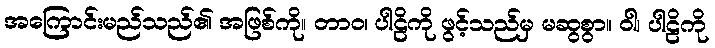
အကြောင်းမည်သည်၏ အဖြစ်ကို။ တာဝ၊ ပါဠိကို ဖွင့်သည်မှ မဆွစွာ။ ဝါ၊ ပါဠိကို